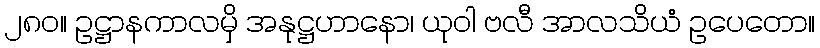
၂၈၀။ ဥဋ္ဌာနကာလမှိ အနုဋ္ဌဟာနော၊ ယုဝါ ဗလီ အာလသိယံ ဥပေတော။